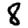
Digit: 8